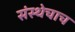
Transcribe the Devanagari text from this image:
संस्थेचाच